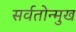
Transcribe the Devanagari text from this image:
सर्वतोन्मुख